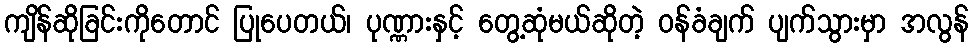
ကျိန်ဆိုခြင်းကိုတောင် ပြုပေတယ်၊ ပုဏ္ဏားနှင့် တွေ့ဆုံမယ်ဆိုတဲ့ ဝန်ခံချက် ပျက်သွားမှာ အလွန်